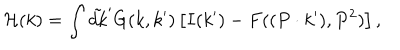
LaTeX: { \cal H } ( k ) = \int \tilde { d k } ^ { \prime } G ( k , k ^ { \prime } ) \left[ I ( k ^ { \prime } ) - F ( ( P \cdot k ^ { \prime } ) , P ^ { 2 } ) \right] ,